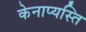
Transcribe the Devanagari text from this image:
केनाप्यस्ति